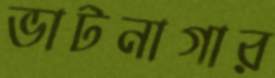
ভাটনাগার